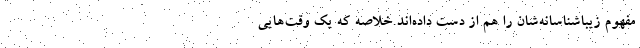
مفهوم زیباشناسانه‌شان را هم از دست داده‌اند.خلاصه که یک وقت‌هایی